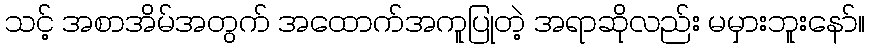
သင့် အစာအိမ်အတွက် အထောက်အကူပြုတဲ့ အရာဆိုလည်း မမှားဘူးနော်။